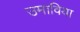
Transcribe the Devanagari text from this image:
उमाविया